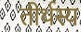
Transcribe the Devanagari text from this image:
तीर्थस्य